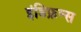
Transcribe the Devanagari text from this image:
इंडिफ्रन्स